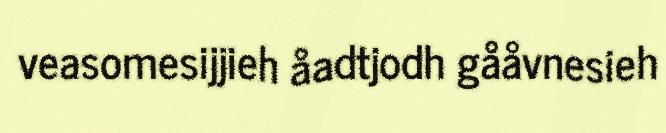
veasomesijjieh åadtjodh gååvnesieh